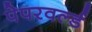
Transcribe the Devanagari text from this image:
पेपरवर्ल्ड